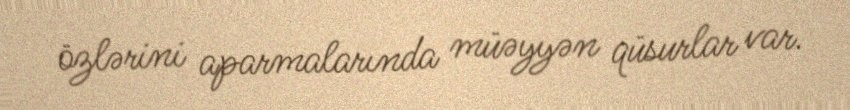
özlərini aparmalarında müəyyən qüsurlar var.